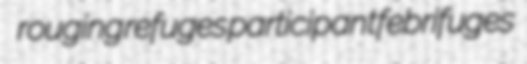
rouging refuges participant febrifuges